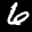
Label: 6